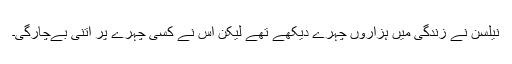
نیلسن نے زندگی میں ہزاروں چہرے دیکھے تھے لیکن اس نے کسی چہرے پر اتنی بےچارگی۔